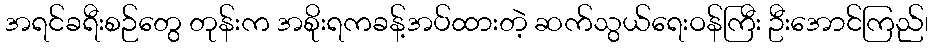
အရင်ခရီးစဉ်တွေ တုန်းက အစိုးရကခန့်အပ်ထားတဲ့ ဆက်သွယ်ရေးဝန်ကြီး ဦးအောင်ကြည်၊